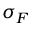
\sigma _ { F }